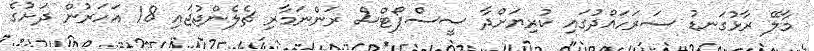
މާލޭ ރާޅުގަނޑު ސަރަހައްދުގައި ކުރިޔަށްދާ ސީސްޕޯޓްސް ރަންނަމާރި ޗެލެންޖުޖައި 18 އަހަރުން ދަށުގެ